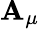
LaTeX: \mathbf{A}_{\mu}